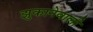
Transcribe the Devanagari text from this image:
झुकानेवाली